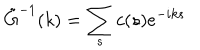
LaTeX: \tilde { G } ^ { - 1 } ( k ) = \sum _ { s } c ( s ) e ^ { - i k s }